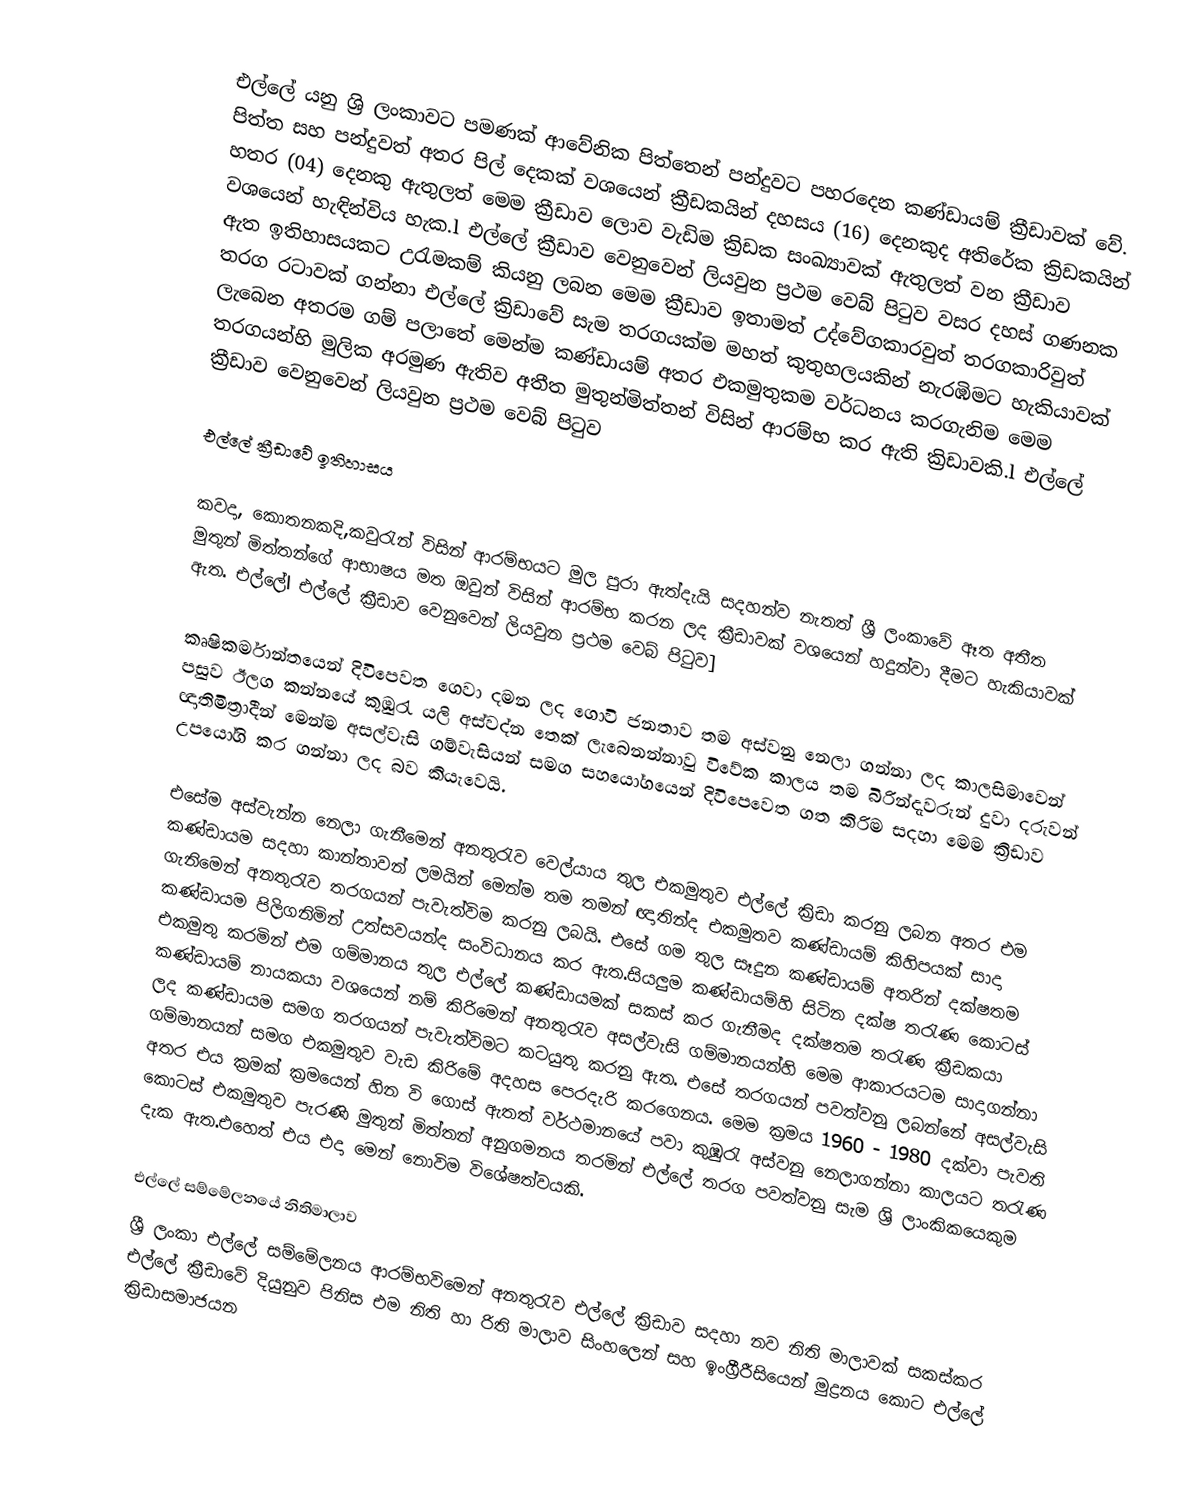
එල්ලේ යනු ශ්‍රි ලංකාවට පමණක් ආවේනික පිත්තෙන් පන්දුවට පහරදෙන කණ්ඩායම් ක්‍රීඩාවක් වේ. පිත්ත සහ පන්දුවත් අතර පිල් දෙකක් වශයෙන් ක්‍රීඩකයින් දහසය (16) දෙනකුද අතිරේක ක්‍රිඩකයින් හතර (04) දෙනකු ඇතුලත් මෙම ක්‍රීඩාව ලොව වැඩිම ක්‍රිඩක සංඛ්‍යාවක් ඇතුලත් වන ක්‍රීඩාව වශයෙන් හැඳින්විය හැක.l එල්ලේ ක්‍රීඩාව වෙනුවෙන් ලියවුන ප්‍රථම වෙබ් පිටුව වසර දහස් ගණනක ඇත ඉතිහාසයකට උරැමකම් කියනු ලබන මෙම ක්‍රීඩාව ඉතාමත් උද්වේගකාරවුත් තරගකාරිවුත් තරග රටාවක් ගන්නා එල්ලේ ක්‍රිඩාවේ සැම තරගයක්ම මහත් කුතුහලයකින් නැරඹිමට හැකියාවක් ලැබෙන අතරම ගම් පලාතේ මෙන්ම කණ්ඩායම් අතර එකමුතුකම වර්ධනය කරගැනිම මෙම තරගයන්හි මුලික අරමුණ ඇතිව අතීත මුතුන්මිත්තන් විසින් ආරම්භ කර ඇති ක්‍රිඩාවකි.l එල්ලේ ක්‍රීඩාව වෙනුවෙන් ලියවුන ප්‍රථම වෙබ් පිටුව

එල්ලේ ක්‍රීඩාවේ ඉතිහාසය

කවදා, කොතනකදි,කවුරැන් විසින් ආරම්භයට මුල පුරා ඇත්දැයි සදහන්ව නැතත් ශ්‍රී ලංකාවේ ඈත අතීත මුතුන් මිත්තන්ගේ ආභාෂය මත ඔවුන් විසින් ආරම්භ කරන ලද ක්‍රීඩාවක් වශයෙන් හදුන්වා දීමට හැකියාවක් ඇත. එල්ලේl එල්ලේ ක්‍රීඩාව වෙනුවෙන් ලියවුන ප්‍රථම වෙබ් පිටුව]

කෘෂිකර්මාන්තයෙන් දිවිපෙවත ගෙවා දමන ලද ගොවි ජනතාව තම අස්වනු නෙලා ගන්නා ලද කාලසිමාවෙන් පසුව ඊලග කන්නයේ කුඹුරැ යලි අස්වද්න තෙක් ලැබෙනන්නාවු විවේක කාලය තම බිරින්දැවරුන් දුවා දරුවන් ඥාතිමිත්‍රාදීන් මෙන්ම අසල්වැසි ගම්වැසියන් සමග සහයෝගයෙන් දිවිපෙවෙත ගත කිරිම සදහා මෙම ක්‍රිඩාව උපයෝගි කර ගන්නා ලද බව කියැවෙයි.

එසේම අස්වැන්න නෙලා ගැනීමෙන් අනතුරැව වෙල්යාය තුල එකමුතුව එල්ලේ ක්‍රිඩා කරනු ලබන අතර එම කණ්ඩායම සදහා කාන්තාවන් ලමයින් මෙන්ම තම තමන් ඥාතින්ද එකමුතව කණ්ඩායම් කිහිපයක් සාදා ගැනිමෙන් අනතුරැව තරගයන් පැවැත්විම කරනු ලබයි. එසේ ගම තුල සෑදුන කණ්ඩායම් අතරින් දක්ෂතම කණ්ඩායම පිලිගනිමින් උත්සවයන්ද සංවිධානය කර ඇත.සියලුම කණ්ඩායම්හි සිටින දක්ෂ තරැණ කොටස් එකමුතු කරමින් එම ගම්මානය තුල එල්ලේ කණ්ඩායමක් සකස් කර ගැනීමද දක්ෂතම තරැණ ක්‍රීඩකයා කණ්ඩායම් නායකයා වශයෙන් නම් කිරිමෙන් අනතුරැව අසල්වැසි ගම්මානයන්හි මෙම ආකාරයටම සාදාගන්නා ලද කණ්ඩායම සමග තරගයන් පැවැත්විමට කටයුතු කරනු ඇත. එසේ තරගයන් පවත්වනු ලබන්නේ අසල්වැසි ගම්මානයන් සමග එකමුතුව වැඩ කිරිමේ අදහස පෙරදැරි කරගෙනය. මෙම ක්‍රමය 1960 - 1980 දක්වා පැවති අතර එය ක්‍රමක් ක්‍රමයෙන් හින වි ගොස් ඇතත් වර්ථමානයේ පවා කුඹුරැ අස්වනු නෙලාගන්නා කාලයට තරැණ කොටස් එකමුතුව පැරණි මුතුන් මිත්තන් අනුගමනය තරමින් එල්ලේ තරග පවත්වනු සැම ශ්‍රි ලාංකිකයෙකුම දැක ඇත.එහෙත් එය එදා මෙන් නොවිම විශේෂත්වයකි.

එල්ලේ සම්මේලනයේ නිතිමාලාව
ශ්‍රී ලංකා එල්ලේ සම්මේලනය ආරම්භවිමෙන් අනතුරැව එල්ලේ ක්‍රිඩාව සදහා නව නිති මාලාවක් සකස්කර එල්ලේ ක්‍රීඩාවේ දියුනුව පිනිස එම නිති හා රිති මාලාව සිංහලෙන් සහ ඉංග්‍රීරීසියෙන් මුද්‍රනය කොට එල්ලේ ක්‍රිඩාසමාජයන